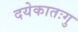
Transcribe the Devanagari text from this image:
दयेकातःगु